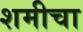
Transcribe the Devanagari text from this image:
शमीचा